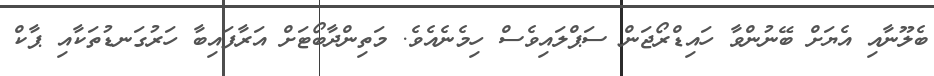
ބެލޫނާއި އެޔަށް ބޭނުންވާ ހައިޑްރޯޖަން ސަޕްލައިވެސް ހިމެނެއެވެ. މަތިންދާބޯޓަށް އަރާފައިބާ ހަރުގަނޑުތަކާއި ޕާކް